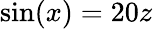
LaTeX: \sin(x)=20z